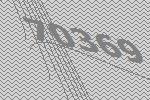
70369